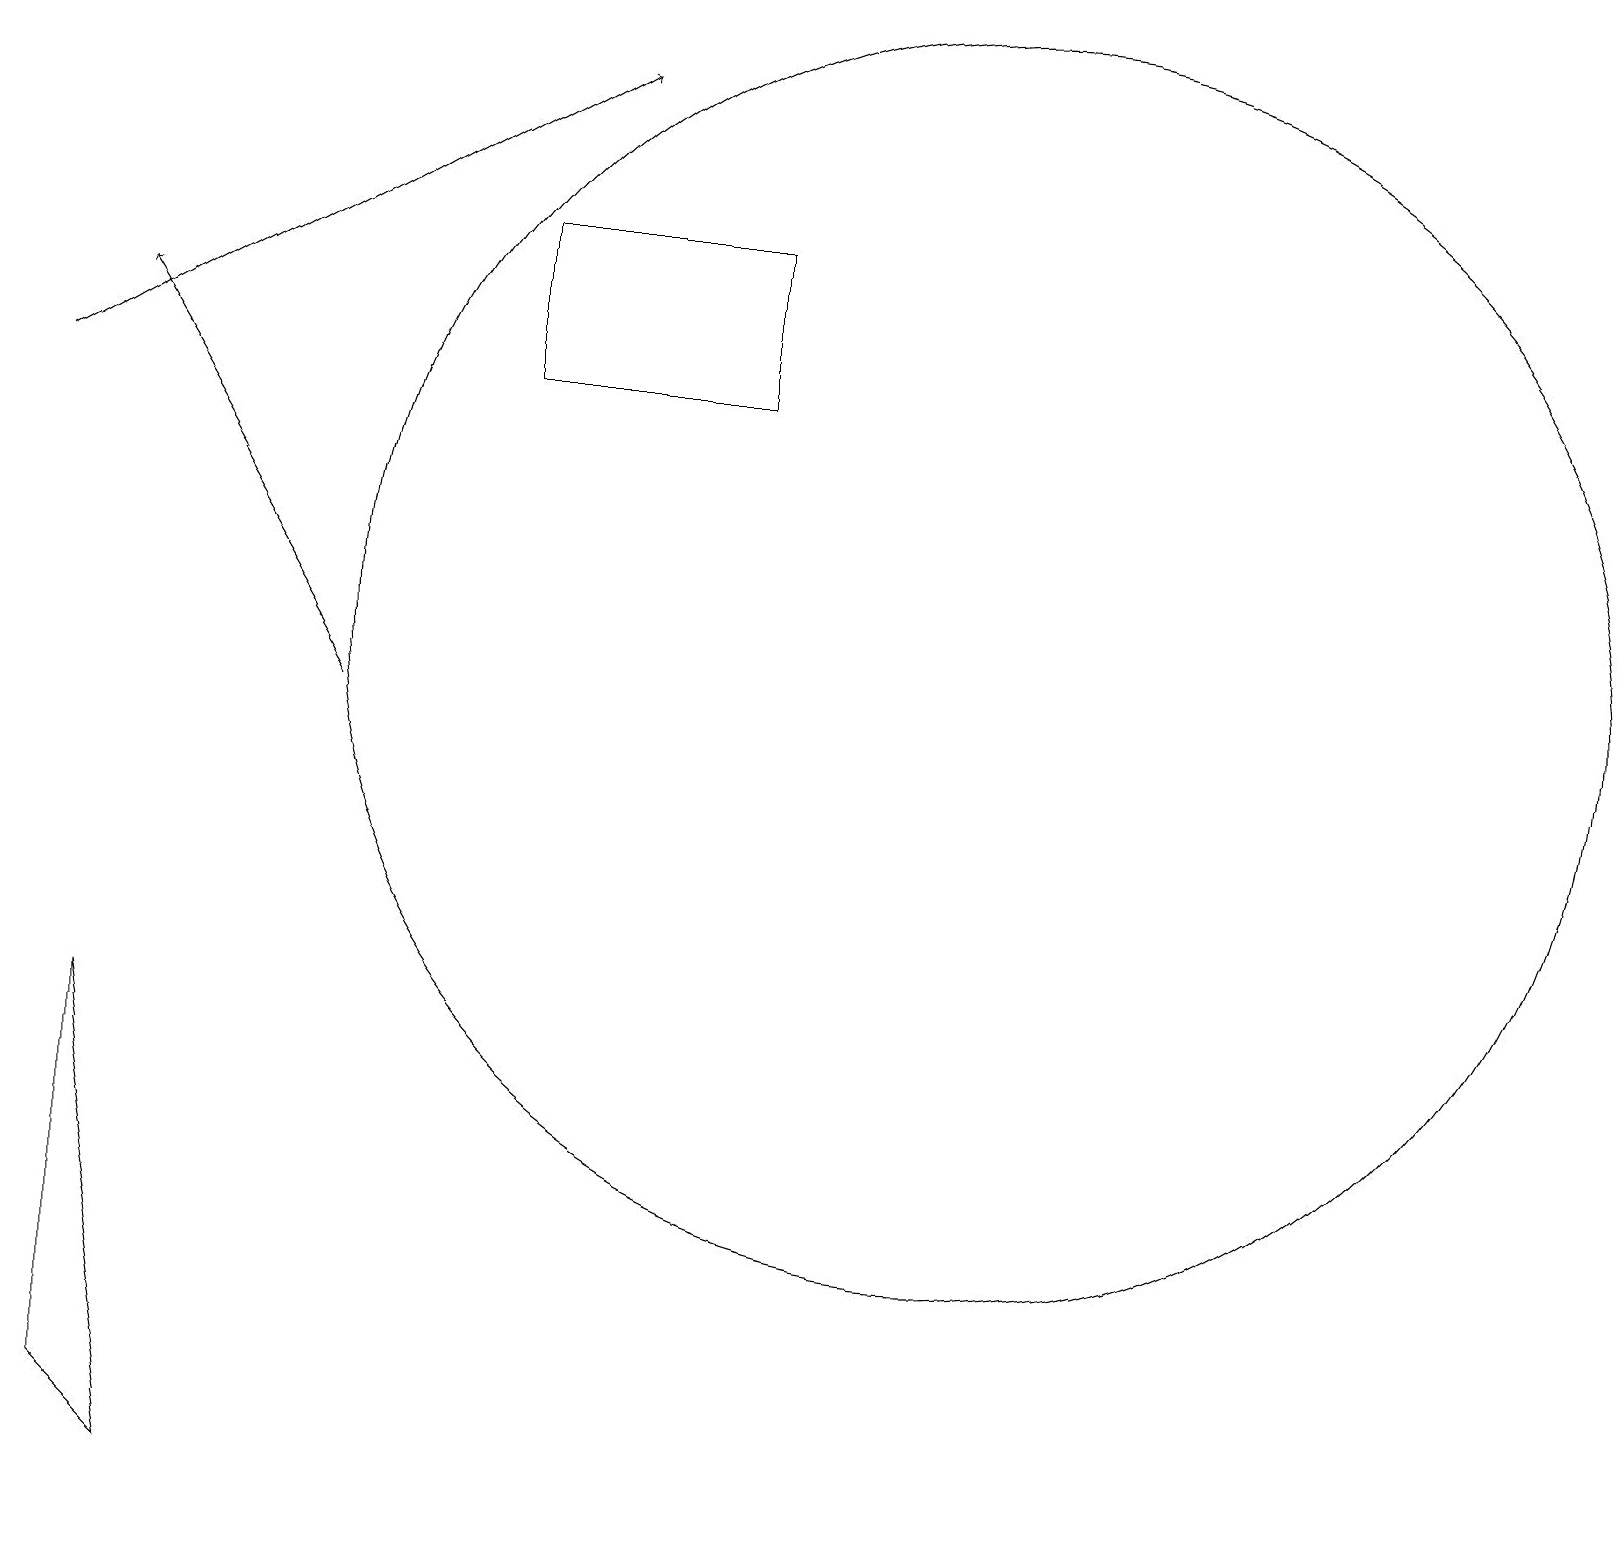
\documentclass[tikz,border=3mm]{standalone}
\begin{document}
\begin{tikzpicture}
\draw (1,2) -- (1,7) -- (2,1) -- cycle;
\draw (12,12) circle (8);
\draw[->] (0,15) -- (7,19);
\draw[->] (4,11) -- (1,16);
\draw (9,15) rectangle (6,17);
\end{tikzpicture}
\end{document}